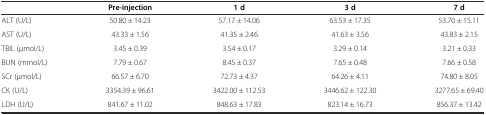
|  | Pre-injection | 1 d | 3 d | 7 d |
 | --- | --- | --- | --- | --- |
 | ALT (U/L) | 50.80 ± 14.23 | 57.17 ± 14.06 | 63.53 ± 17.35 | 53.70 ± 15.11 |
 | AST (U/L) | 43.33 ± 1.56 | 41.35 ± 2.46 | 41.63 ± 3.56 | 43.83 ± 2.15 |
 | TBIL (μmol/L) | 3.45 ± 0.39 | 3.54 ± 0.17 | 3.29 ± 0.14 | 3.21 ± 0.33 |
 | BUN (mmol/L) | 7.79 ± 0.67 | 8.45 ± 0.37 | 7.65 ± 0.48 | 7.66 ± 0.58 |
 | SCr (μmol/L) | 66.57 ± 6.70 | 72.73 ± 4.37 | 64.26 ± 4.11 | 74.80 ± 8.05 |
 | CK (U/L) | 3354.39 ± 96.61 | 3422.00 ± 112.53 | 3446.62 ± 122.30 | 3277.65 ± 69.40 |
 | LDH (U/L) | 841.67 ± 11.02 | 848.63 ± 17.83 | 823.14 ± 16.73 | 856.37 ± 13.42 |